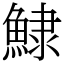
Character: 𩸙